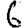
Digit: 6